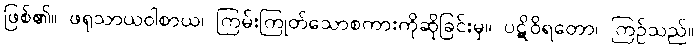
ဖြစ်၏။ ဖရုသာယဝါစာယ၊ ကြမ်းကြုတ်သောစကားကိုဆိုခြင်းမှ။ ပဋိဝိရတော၊ ကြဉ်သည်။